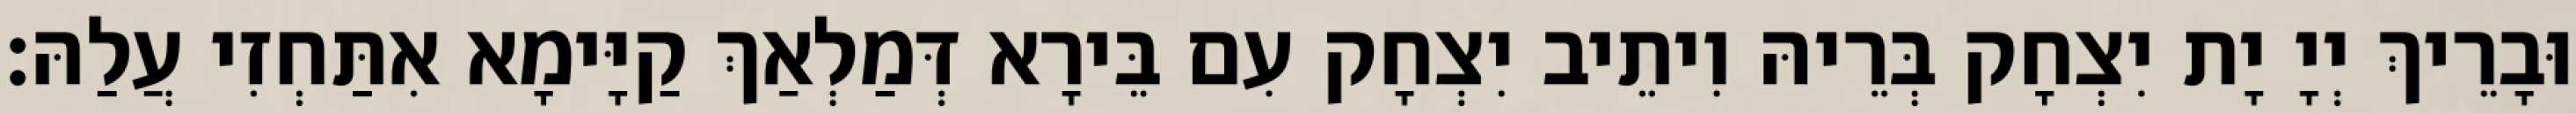
וּבָרֵיךְ יְיָ יָת יִצְחָק בְּרֵיהּ וִיתֵיב יִצְחָק עִם בֵּירָא דְּמַלְאַךְ קַיָּימָא אִתַּחְזִי עֲלַהּ׃